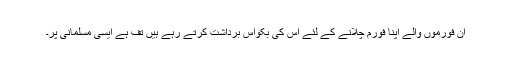
ان فورموں والے اپنا فورم چلانے کے لئے اس کی بکواس برداشت کرتے رہے ہیں تف ہے ایسی مسلمانی پر۔